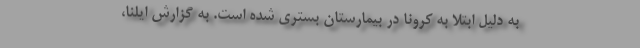
به دلیل ابتلا به کرونا در بیمارستان بستری شده است. به گزارش ایلنا،